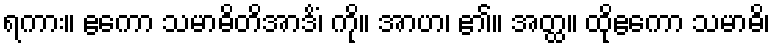
ရကား။ ဧကော သမာဓိတိအာဒိံ၊ ကို။ အာဟ၊ ၏။ အတ္ထ။ ထိုဧကော သမာဓိ၊